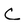
Character: C